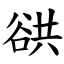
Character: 谼